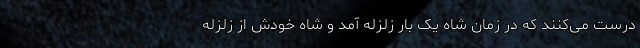
درست می‌کنند که در زمان شاه یک بار زلزله آمد و شاه خودش از زلزله